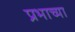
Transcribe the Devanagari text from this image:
प्रभाच्या